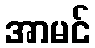
အာမင်